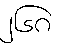
၂၆၈